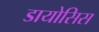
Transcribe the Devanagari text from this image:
डायोसिस